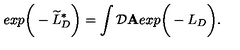
e x p \bigg ( - \widetilde { L } _ { D } ^ { * } \bigg ) = \int { \cal D } { \bf A } e x p \bigg ( - L _ { D } \bigg ) .